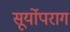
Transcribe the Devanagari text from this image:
सूर्योपराग